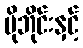
မိုဘိုင်းနှင့်